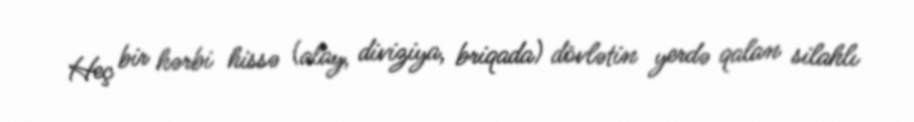
Heç bir hərbi hissə (alay, diviziya, briqada) dövlətin yerdə qalan silahlı